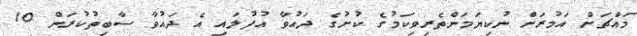
މައްޗަށް އަމުރަށް ނުކިޔަމަންތެރިވިކަމުގެ ކުށުގެ ދައުވާ އުފުލައި އެ ދައުވާ ސާބިތުކުރަން 10